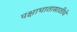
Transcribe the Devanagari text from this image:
पक्षाघातासाठीचे